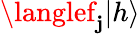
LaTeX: \langlef_{\mathbf{j}}|h\rangle